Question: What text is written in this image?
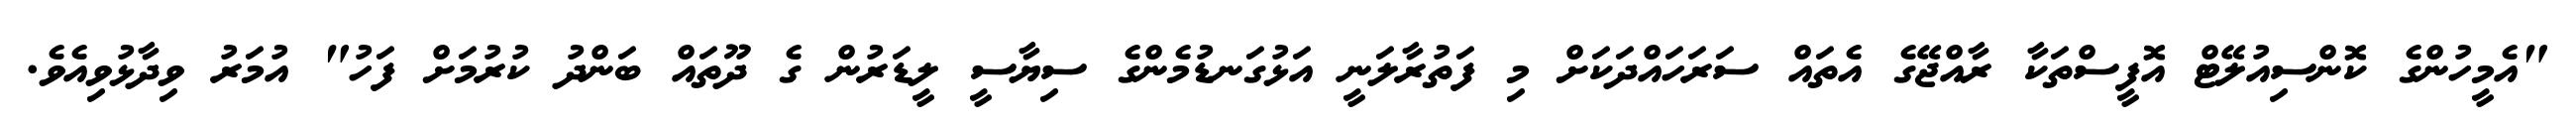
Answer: "އެމީހުންގެ ކޮންސިއުލޭޓް އޮފީސްތަކާ ރާއްޖޭގެ އެތައް ސަރަހައްދަކަށް މި ފަތުރާލަނީ އަޅުގަނޑުމެންގެ ސިޔާސީ ލީޑަރުން ގެ ދޫތައް ބަންދު ކުރުމަށް ފަހު" އުމަރު ވިދާޅުވިއެވެ.